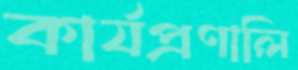
কার্যপ্রণালি